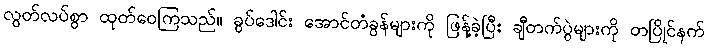
လွတ်လပ်စွာ ထုတ်ဝေကြသည်။ ခွပ်ဒေါင်း အောင်တံခွန်များကို ဖြန့်ခဲ့ပြီး ချီတက်ပွဲများကို တပြိုင်နက်